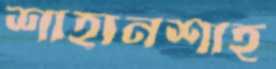
শাহানশাহ